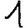
Digit: 1